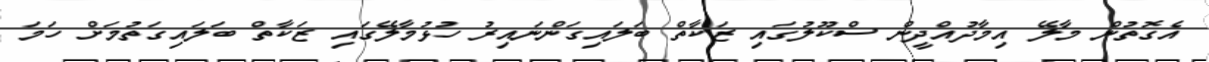
އެގޮތުން މާލޭ އިމާދުއްދީން ސްކޫލުގައި ޒަކާތް ބަލައިގަންނައިރު ހުޅުމާލޭގައި ޒަކާތް ބަލައިގަތުމަށް ހަމަ